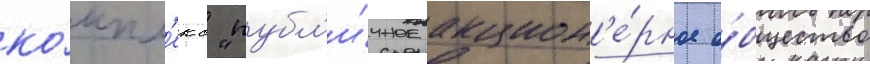
ко́мпл'екс "публ'и́чное акцион'е́рное о́бщество